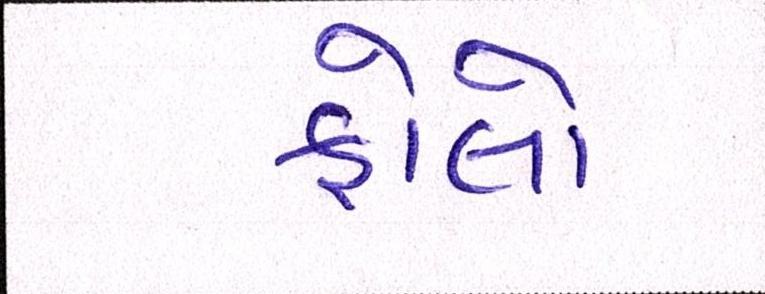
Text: ફોલો